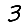
Digit: 3